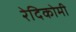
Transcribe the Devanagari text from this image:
रेदिकोमी